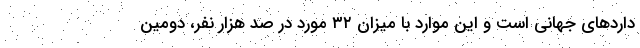
داردهای جهانی است و این موارد با میزان ۳۲ مورد در صد هزار نفر، دومین